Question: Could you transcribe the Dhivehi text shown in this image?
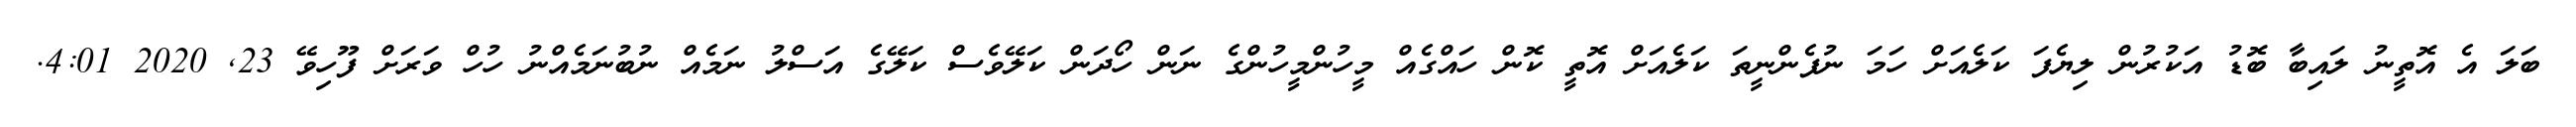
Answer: ބަލަ އެ އޮތީނު ލައިބާ ބޮޑު އަކުރުން ލިޔެފަ ކަލެއަށް ހަމަ ނުފެންނީތަ ކަލެއަށް އޮތީ ކޮން ހައްގެއް މީހުންމީހުންގެ ނަން ހޯދަން ކަލޭވެސް ކަލޭގެ އަސްލު ނަމެއް ނުބުނަމެއްނު ހުހް ވަރަށް ފޫހިވޭ 23, 2020 4:01.